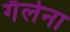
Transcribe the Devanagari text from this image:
गॅलेना